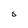
Character: S